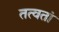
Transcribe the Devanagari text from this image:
तत्वतां